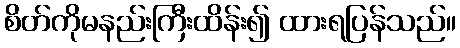
စိတ်ကိုမနည်းကြီးထိန်း၍ ထားရပြန်သည်။